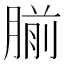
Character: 𫆨